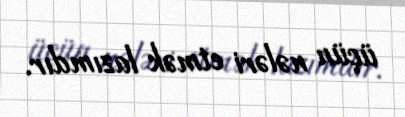
üçün nələri etmək lazımdır.